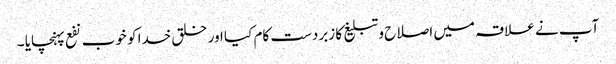
آپ نے علاقہ میں اصلاح و تبلیغ کا زبردست کام کیا اور خلق خدا کو خوب نفع پہنچایا ۔